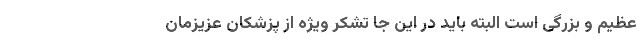
عظیم و بزرگی است البته باید در این جا تشکر ویژه از پزشکان عزیزمان